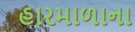
હારમાળાના